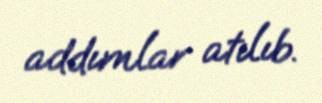
addımlar atılıb.